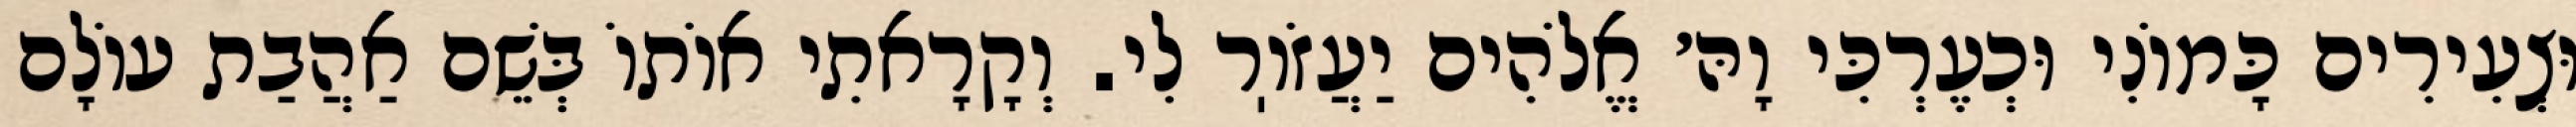
וּצְעִירִים כָּמוֹנִי וּכְעֶרְכִּי וָהּ׳ אֱלֹהִים יַעֲזֹוֽר לִי. וְקָרָאתִי אוֹתוֹ בְּשֵׁם אַהֲבַת עוֹלָם